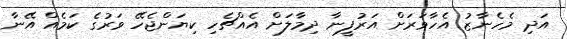
އަދި މެހެނާޒު އެހާވަރަށް އަރުފީނާ ދިމާލަށް އެއްޗެހި ކިޔަންޖެހޭ ވަރުގެ ކަމެއް އޭނާ